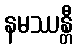
နမဿန္တီ